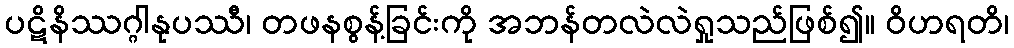
ပဋိနိဿဂ္ဂါနုပဿီ၊ တဖနစွန့်ခြင်းကို အဘန်တလဲလဲရှုသည်ဖြစ်၍။ ဝိဟရတိ၊